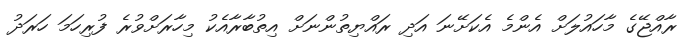
ރާއްޖޭގެ މާހައުލަށް އެންމެ އެކަށޭނަ އަދި ރައްޔިތުންނަށް އިތުބާރާއެކު މިހާރަށްވުރެ ފުރިހަމަ ހަރަދު